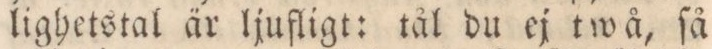
lighetstal är ljufligt: tål du ej twå, ſå